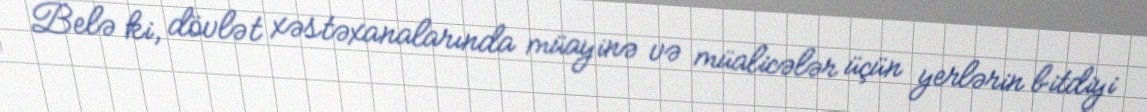
Belə ki, dövlət xəstəxanalarında müayinə və müalicələr üçün yerlərin bitdiyi